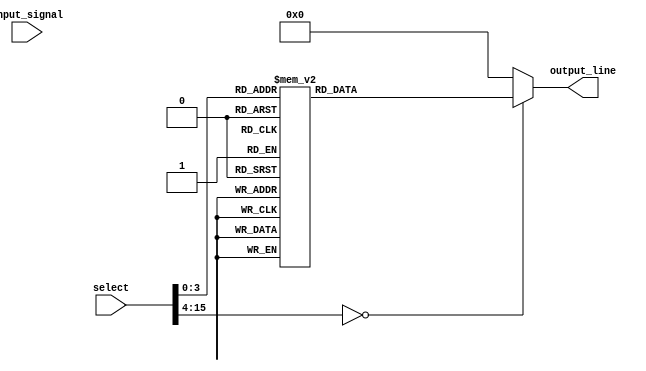
module demux_1to16 (
    input wire [15:0] select,
    input wire input_signal,
    output reg [15:0] output_line
);

always @ (select, input_signal)
begin
    case (select)
        4'b0000: output_line = 16'b0000000000000001;
        4'b0001: output_line = 16'b0000000000000010;
        4'b0010: output_line = 16'b0000000000000100;
        4'b0011: output_line = 16'b0000000000001000;
        4'b0100: output_line = 16'b0000000000010000;
        4'b0101: output_line = 16'b0000000000100000;
        4'b0110: output_line = 16'b0000000001000000;
        4'b0111: output_line = 16'b0000000010000000;
        4'b1000: output_line = 16'b0000000100000000;
        4'b1001: output_line = 16'b0000001000000000;
        4'b1010: output_line = 16'b0000010000000000;
        4'b1011: output_line = 16'b0000100000000000;
        4'b1100: output_line = 16'b0001000000000000;
        4'b1101: output_line = 16'b0010000000000000;
        4'b1110: output_line = 16'b0100000000000000;
        4'b1111: output_line = 16'b1000000000000000;
        default: output_line = 16'b0000000000000000;
    endcase
end

endmodule